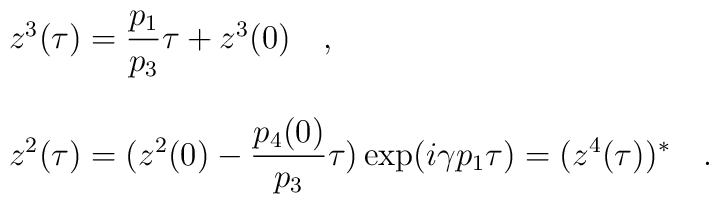
\begin{array}{l}z^3(\tau)= {\displaystyle \frac{p_1}{p_3}} \tau + z^3(0) \quad ,\\\, \\z^2(\tau)=(z^2(0)- {\displaystyle \frac{ p_4(0)}{ p_3}} \tau)\exp (i \gamma p_1 \tau ) = (z^4( \tau))^* \quad.\end{array}